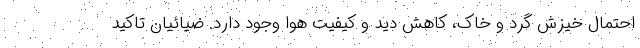
احتمال خیزش گرد و خاک، کاهش دید و کیفیت هوا وجود دارد. ضیائیان تاکید